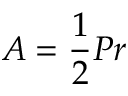
A = { \frac { 1 } { 2 } } P r